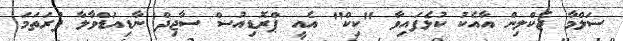
ސަލްމާ ޖެކްލިން އާއެކު ކުޅެފައިވާ "ކިކް" އެއީ ޕްރޮޑިއުސް ސާޖިދް ނާޑިއަޑްވާލާ ފުރަތަމަ